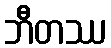
ဘီတဿ